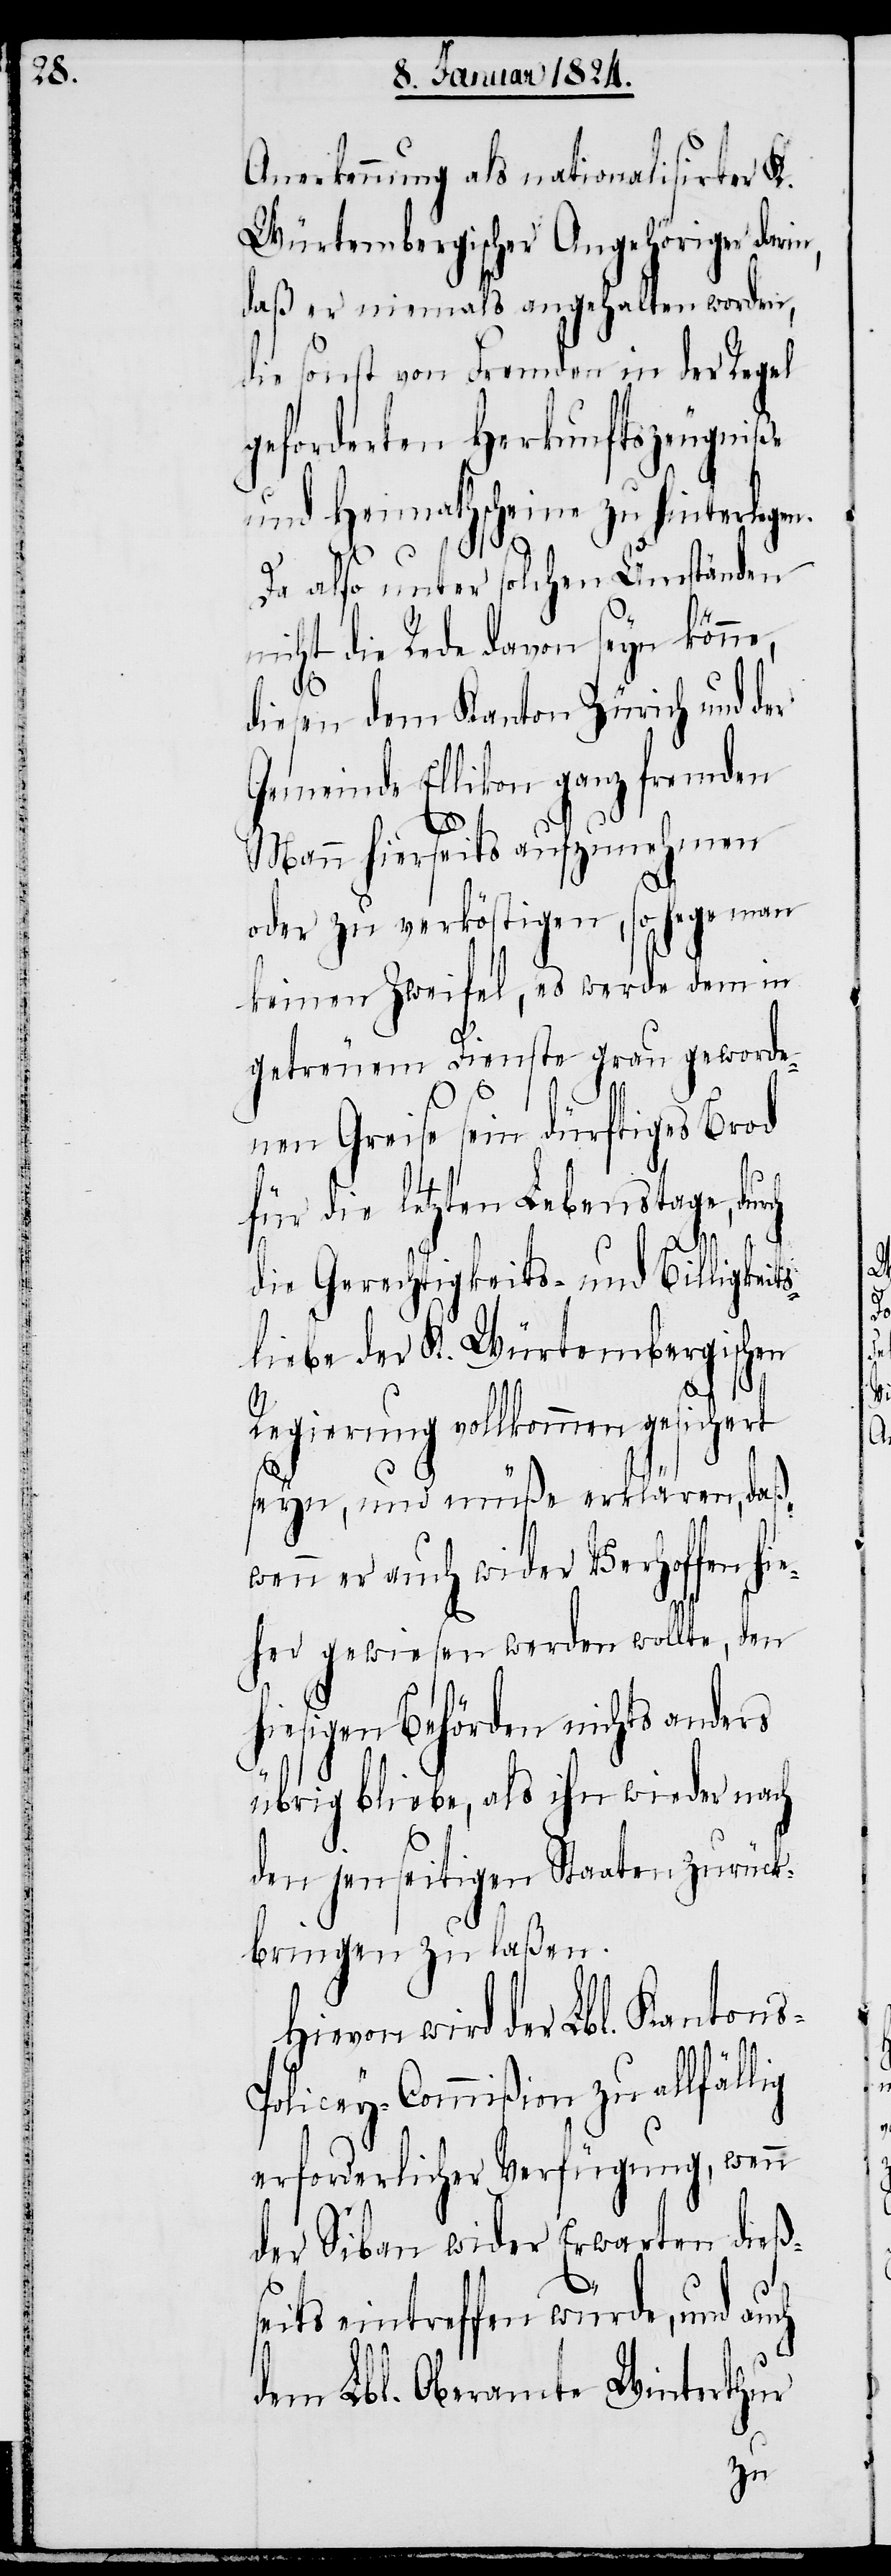
Anerkennung als nationalisirter K.
Würtembergischer Angehöriger dari¬
daß er niemals angehalten worden,
die sonst von Fremden in der Regel
geforderten Herkunftszeugniße
und Heimathscheine zu hinterlege¬
Da also unter solchen Umständen
nicht die Rede davon seyn könne,
diesen dem Kanton Zürich und der
Gemeinde Ellikon ganz fremden
n,
Mann hierseits aufzunehmen
oder zu verköstigen, so hege man
keinen Zweifel, es werde dem in
getreuem Dienste grau geworde¬
nen Greise sein dürftiges Brod
für die letzten Lebenstage, du¬
die Gerechtigkeits- und Billigkeit¬
sliebe der K. Würtembergischen
Regierung vollkommen gesichert
s-P¬
seyn, und müße erklären, daß
wenn er auch wider Verhoffen hie¬
her gewiesen werden wollte, den
hiesigen Behörden nichts anders
übrig bliebe, als ihn wieder nach
den jenseitigen Staaten zurück¬
bringen zu laßen.
Hievon wird der Lbl. Kanton¬
olicey-Commißion zu allfäll¬
erforderlicher Verfügung, wenn
der Siban wider Erwarten dieß¬
seits eintreffen würde, und
dem Lbl. Oberamte Winterthur

ig